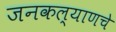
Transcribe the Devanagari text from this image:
जनकल्याणचे